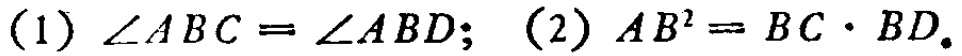
(1) \(\angle ABC = \angle ABD\); (2) \(AB^{2} = BC\cdot BD\).